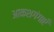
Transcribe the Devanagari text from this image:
आकशगंगाएँ